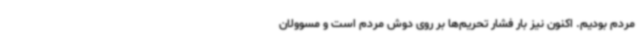
مردم بودیم. اکنون نیز بار فشار تحریم‌ها بر روی دوش مردم است و مسوولان